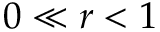
0 \ll r < 1